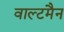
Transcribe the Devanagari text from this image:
वाल्टमैन